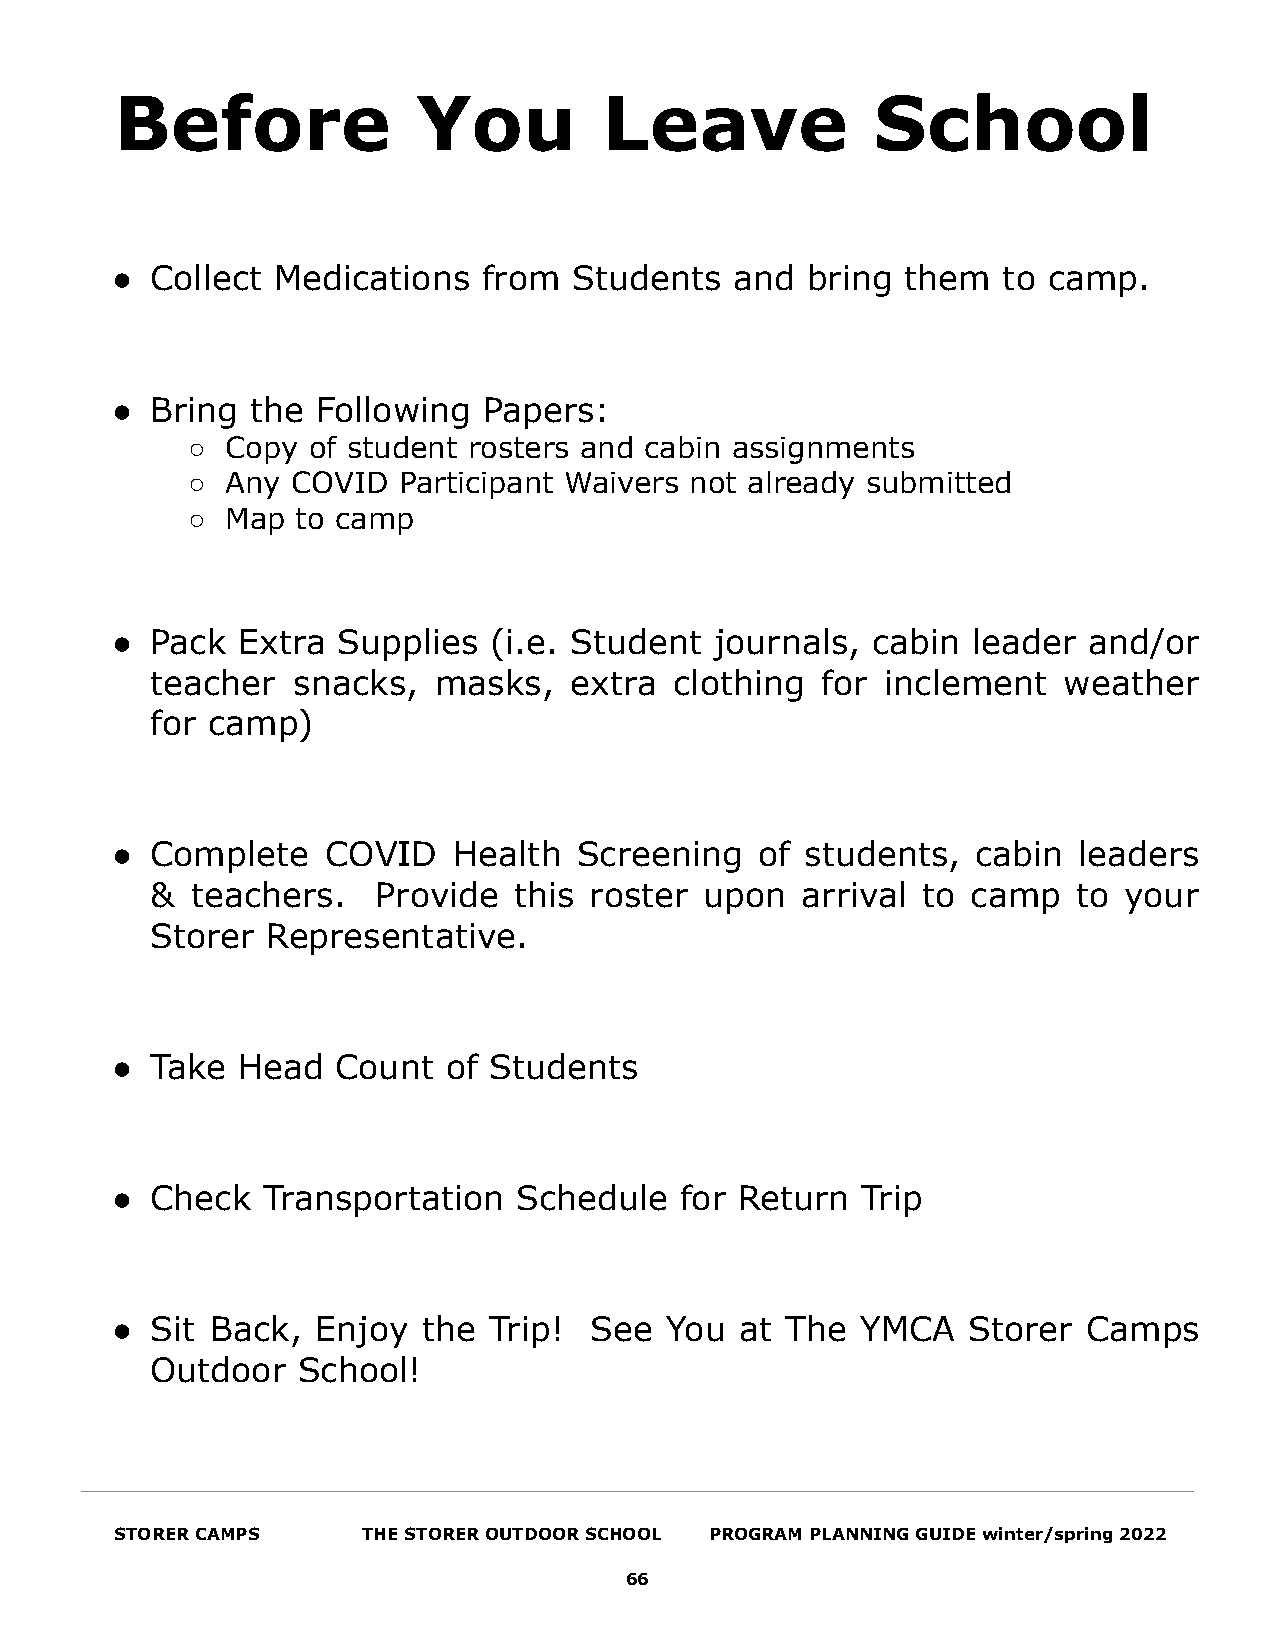
Before              You         Leave             School
 ●  Collect Medications   from  Students   and bring  them  to camp.
 ●  Bring  the Following  Papers:
 ○  Copy of student rosters and cabin assignments
 ○  Any COVID  Participant Waivers not already submitted
 ○  Map  to camp
 ●  Pack  Extra Supplies  (i.e. Student  journals,  cabin leader  and/or
 teacher  snacks,   masks,   extra  clothing for  inclement  weather
 for camp)
 ●  Complete    COVID   Health  Screening   of students,   cabin leaders
 &  teachers.   Provide  this roster  upon  arrival to camp   to your
 Storer  Representative.
 ●  Take  Head  Count  of Students
 ●  Check  Transportation   Schedule   for Return  Trip
 ●  Sit Back,  Enjoy  the Trip!  See  You  at The  YMCA   Storer  Camps
 Outdoor   School!
 STORER CAMPS    THE STORER OUTDOOR SCHOOL PROGRAM PLANNING GUIDE winter/spring 2022
 66